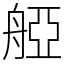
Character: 𦩒